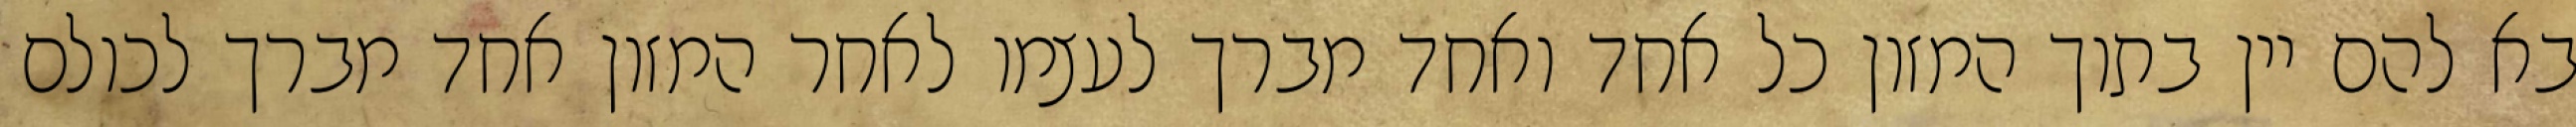
בא להם יין בתוך המזון כל אחד ואחד מברך לעצמו לאחר המזון אחד מברך לכולם